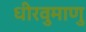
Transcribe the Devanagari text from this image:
धीरवुमाणु